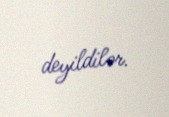
deyildilər.